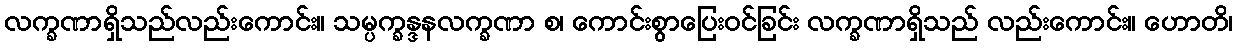
လက္ခဏာရှိသည်လည်းကောင်း။ သမ္ပက္ခန္ဒနလက္ခဏာ စ၊ ကောင်းစွာပြေးဝင်ခြင်း လက္ခဏာရှိသည် လည်းကောင်း။ ဟောတိ၊